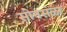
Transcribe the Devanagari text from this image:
सोनसळा